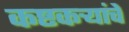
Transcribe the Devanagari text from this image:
कष्टकर्‍यांचे